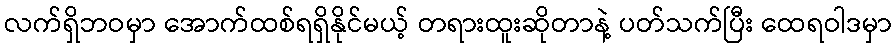
လက်ရှိဘဝမှာ အောက်ထစ်ရရှိနိုင်မယ့် တရားထူးဆိုတာနဲ့ ပတ်သက်ပြီး ထေရဝါဒမှာ